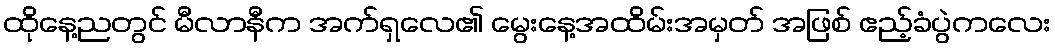
ထိုနေ့ညတွင် မီလာနီက အက်ရှလေ၏ မွေးနေ့အထိမ်းအမှတ် အဖြစ် ဧည့်ခံပွဲကလေး